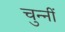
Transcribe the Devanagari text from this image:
चुन्नीं